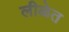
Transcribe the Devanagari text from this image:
लीळेत